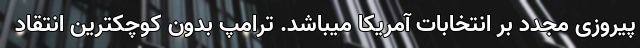
پیروزی مجدد بر انتخابات آمریکا میباشد. ترامپ بدون کوچکترین انتقاد